Leaving Certificate Examination (including Day School Certificate (Higher) General paper), 1935
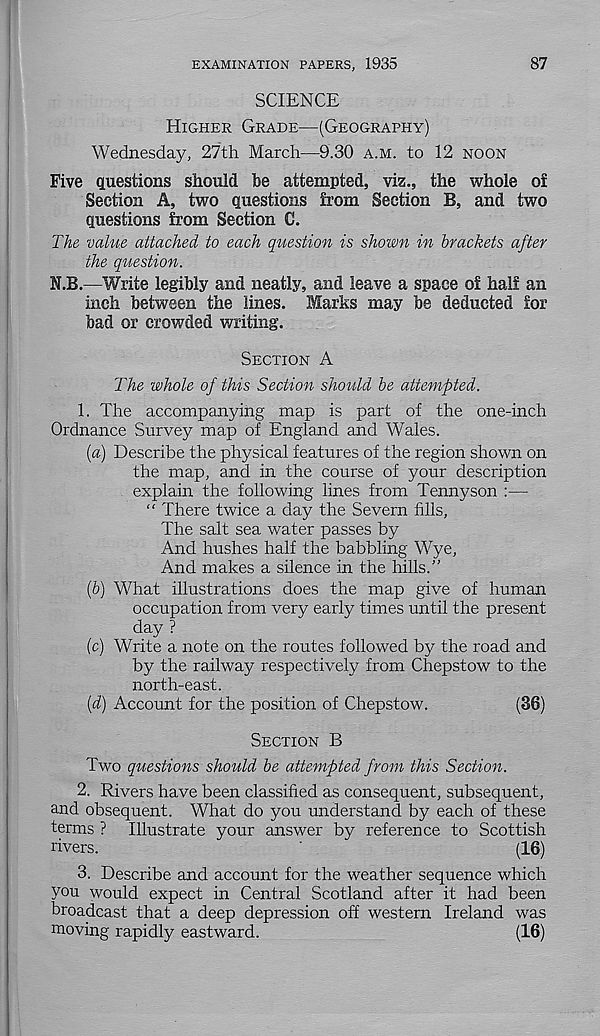
87
EXAMINATION PAPERS, 1935
SCIENCE
Higher Grade—(Geography)
Wednesday, 27th March—9.30 a.m. to 12 noon
Five questions should be attempted, viz., the whole of
Section A, two questions from Section B, and two
questions from Section C.
The value attached to each question is shown in brackets after
the question.
I.B.—Write legibly and neatly, and leave a space of half an
inch between the lines. Marks may be deducted for
bad or crowded writing.
Section A
The whole of this Section should be attempted.
1. The accompanying map is part of the one-inch
Ordnance Survey map of England and Wales.
(a) Describe the physical features of the region shown on
the map, and in the course of your description
explain the following lines from Tennyson :—
“ There twice a day the Severn fills,
The salt sea water passes by
And hushes half the babbling Wye,
And makes a silence in the hills.”
(b) What illustrations does the map give of human
occupation from very early times until the present
day ?
(c) Write a note on the routes followed by the road and
by the railway respectively from Chepstow to the
north-east.
(d) Account for the position of Chepstow.
(36)
Section B
Two questions should be attempted from this Section.
2. Rivers have been classified as consequent, subsequent,
and obsequent. What do you understand by each of these
terms ? Illustrate your answer by reference to Scottish
rivers.
'
(16)
3. Describe and account for the weather sequence which
you would expect in Central Scotland after it had been
broadcast that a deep depression off western Ireland was
moving rapidly eastward.
(16)